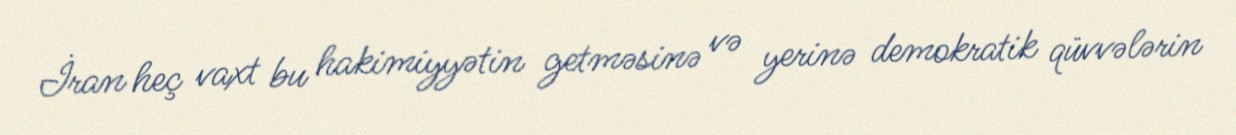
İran heç vaxt bu hakimiyyətin getməsinə və yerinə demokratik qüvvələrin